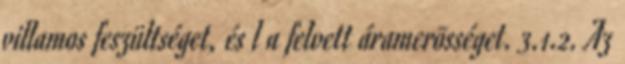
villamos feszültséget, és l a felvett áramerõsséget. 3.1.2. Az